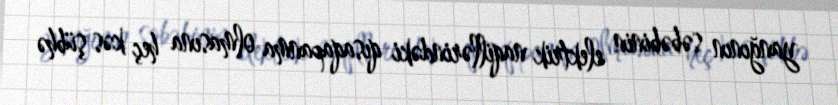
yanğının səbəbinin elektrik naqillərindəki qısaqapanma olmasına heç kəs şübhə